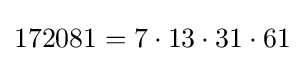
172081=7\cdot 13\cdot 31\cdot 61